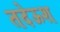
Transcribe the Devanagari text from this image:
तदेऊश